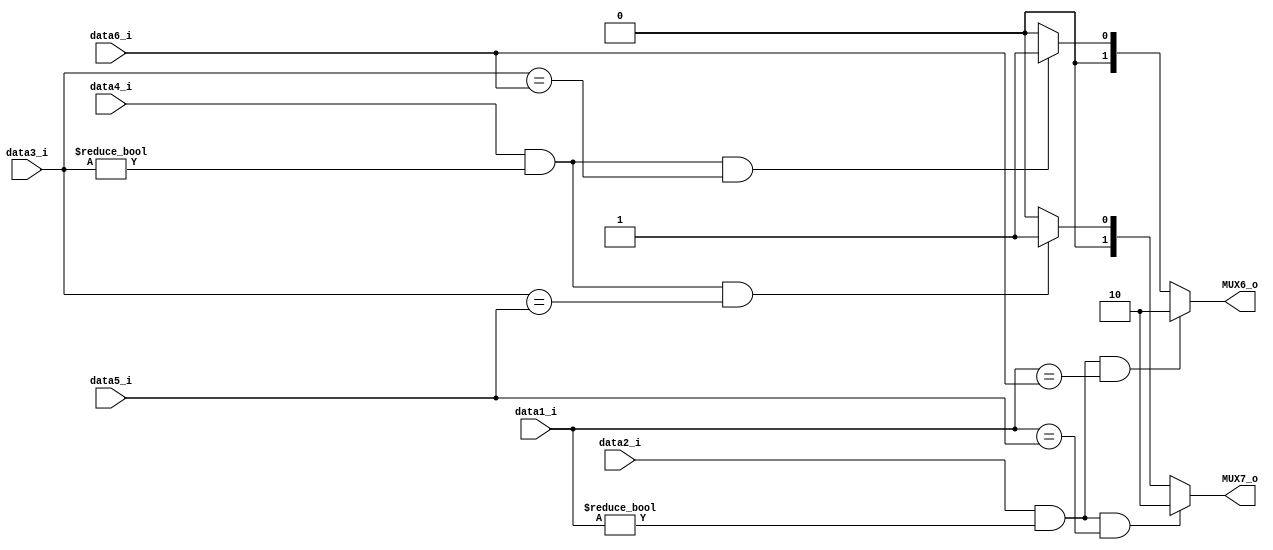
module FW(
	data1_i,
	data2_i,
	data3_i,
	data4_i,
	data5_i,
	data6_i,
	MUX6_o,
	MUX7_o	
);

//data1: EX/MEM.Rd
//data2: EX/MEM.RegWrite
//data3: MEM/WB.Rd
//data4: MEM/WB.RegWrite
//data5: ID/EX.Rt
//data6: ID/EX.Rs
//MUX6 : ForwardA
//MUX7 : ForwardB
input   [4:0]	data1_i, data3_i, data5_i, data6_i;
input	data2_i, data4_i;
output  reg [1:0]	MUX6_o, MUX7_o;


always @(data1_i or data2_i or data3_i or data4_i or data5_i or data6_i)begin
    //ForwardA
    //if (EX/MEM.RegWrite) and (EX/MEM.RegisterRd  0) and (EX/MEM.RegisterRd=ID/EX.RegisterRs))  ForwardA = 10 
    if(data2_i == 1'b1 && data1_i != 5'b00000 && data1_i==data6_i)
        MUX6_o = 2'b10;
    //if (MEM/WB.RegWrite) and (MEM/WB.RegisterRd  0) and (MEM/WB.RegisterRd=ID/Ex.RegisterRs))   ForwardA = 01 
    else if(data4_i == 1'b1 && data3_i != 5'b00000 && data3_i == data6_i)
        MUX6_o = 2'b01;
    else
        MUX6_o = 2'b00;

    //ForwardB
    //if (EX/MEM.RegWrite) and (EX/MEM.RegisterRd  0) and (EX/MEM.RegisterRd=ID/Ex.RegisterRt))   ForwardB = 10 
    if( data2_i == 1'b1 && data1_i != 5'b00000 && data1_i == data5_i)
        MUX7_o = 2'b10;
    //if (MEM/WB.RegWrite) and (MEM/WB.RegisterRd  0) and (MEM/WB.RegisterRd=ID/Ex.RegisterRt))   ForwardB = 01 
    else if(data4_i == 1'b1 && data3_i != 5'b00000 && data3_i == data5_i)
        MUX7_o = 2'b01;
    else
        MUX7_o = 2'b00;
end

endmodule